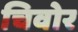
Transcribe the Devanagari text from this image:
चिवोर